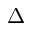
\Delta